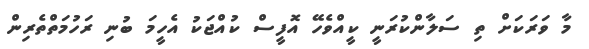
މާ ވަރަކަށް ތި ސަލާންކުރަނީ ކީއްވެހޭ އޮފީސް ކުއްޖަކު އެހީމަ ބުނި ރަހުމަތްތެރިން